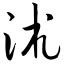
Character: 沭